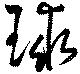
球